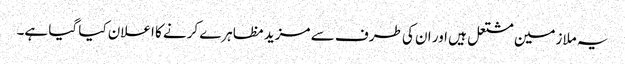
یہ ملازمین مشتعل ہیں اور ان کی طرف سے مزید مظاہرے کرنے کا اعلان کیا گیا ہے۔